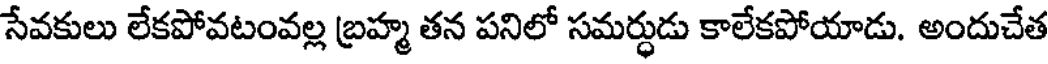
సేవకులు లేకపోవటంవల్ల బ్రహ్మ తన పనిలో సమర్ధుడు కాలేకపోయాడు. అందుచేత